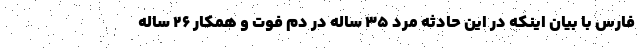
فارس با بیان اینکه در این حادثه مرد ۳۵ ساله در دم فوت و همکار ۲۶ ساله